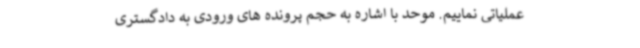
عملیاتی نماییم. موحد با اشاره به حجم پرونده های ورودی به دادگستری